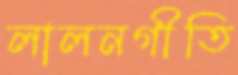
লালনগীতি